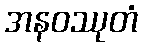
အနဝဿုတံ